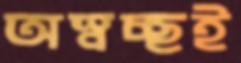
অস্বচ্ছই